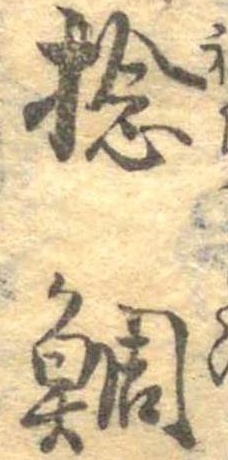
捻鯛